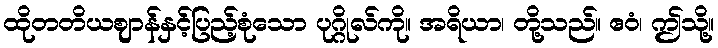
ထိုတတိယဈာန်နှင့်ပြည့်စုံသော ပုဂ္ဂိုလ်ကို။ အရိယာ၊ တို့သည်။ ဧဝံ၊ ဤသို့။